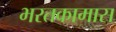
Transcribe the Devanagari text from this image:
भरतकामास